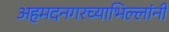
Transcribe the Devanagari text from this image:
अहमदनगरच्याभिल्लांनी